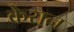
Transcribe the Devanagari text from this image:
केरान